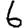
Digit: 6